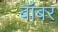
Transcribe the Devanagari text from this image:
बॉबर